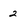
Character: 2